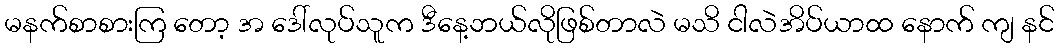
မနက်စာစားကြ တော့ အ ဒေါ်လုပ်သူက ဒီနေ့ဘယ်လိုဖြစ်တာလဲ မသိ ငါလဲအိပ်ယာထ နောက် ကျ နင်